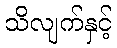
သိလျက်နှင့်